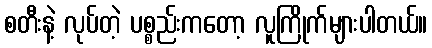
စတီးနဲ့ လုပ်တဲ့ ပစ္စည်းကတော့ လူကြိုက်များပါတယ်။